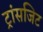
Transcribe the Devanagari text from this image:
ट्रांसजिट